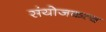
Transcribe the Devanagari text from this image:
संयोजकत्व